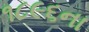
૧૮૯૬ના